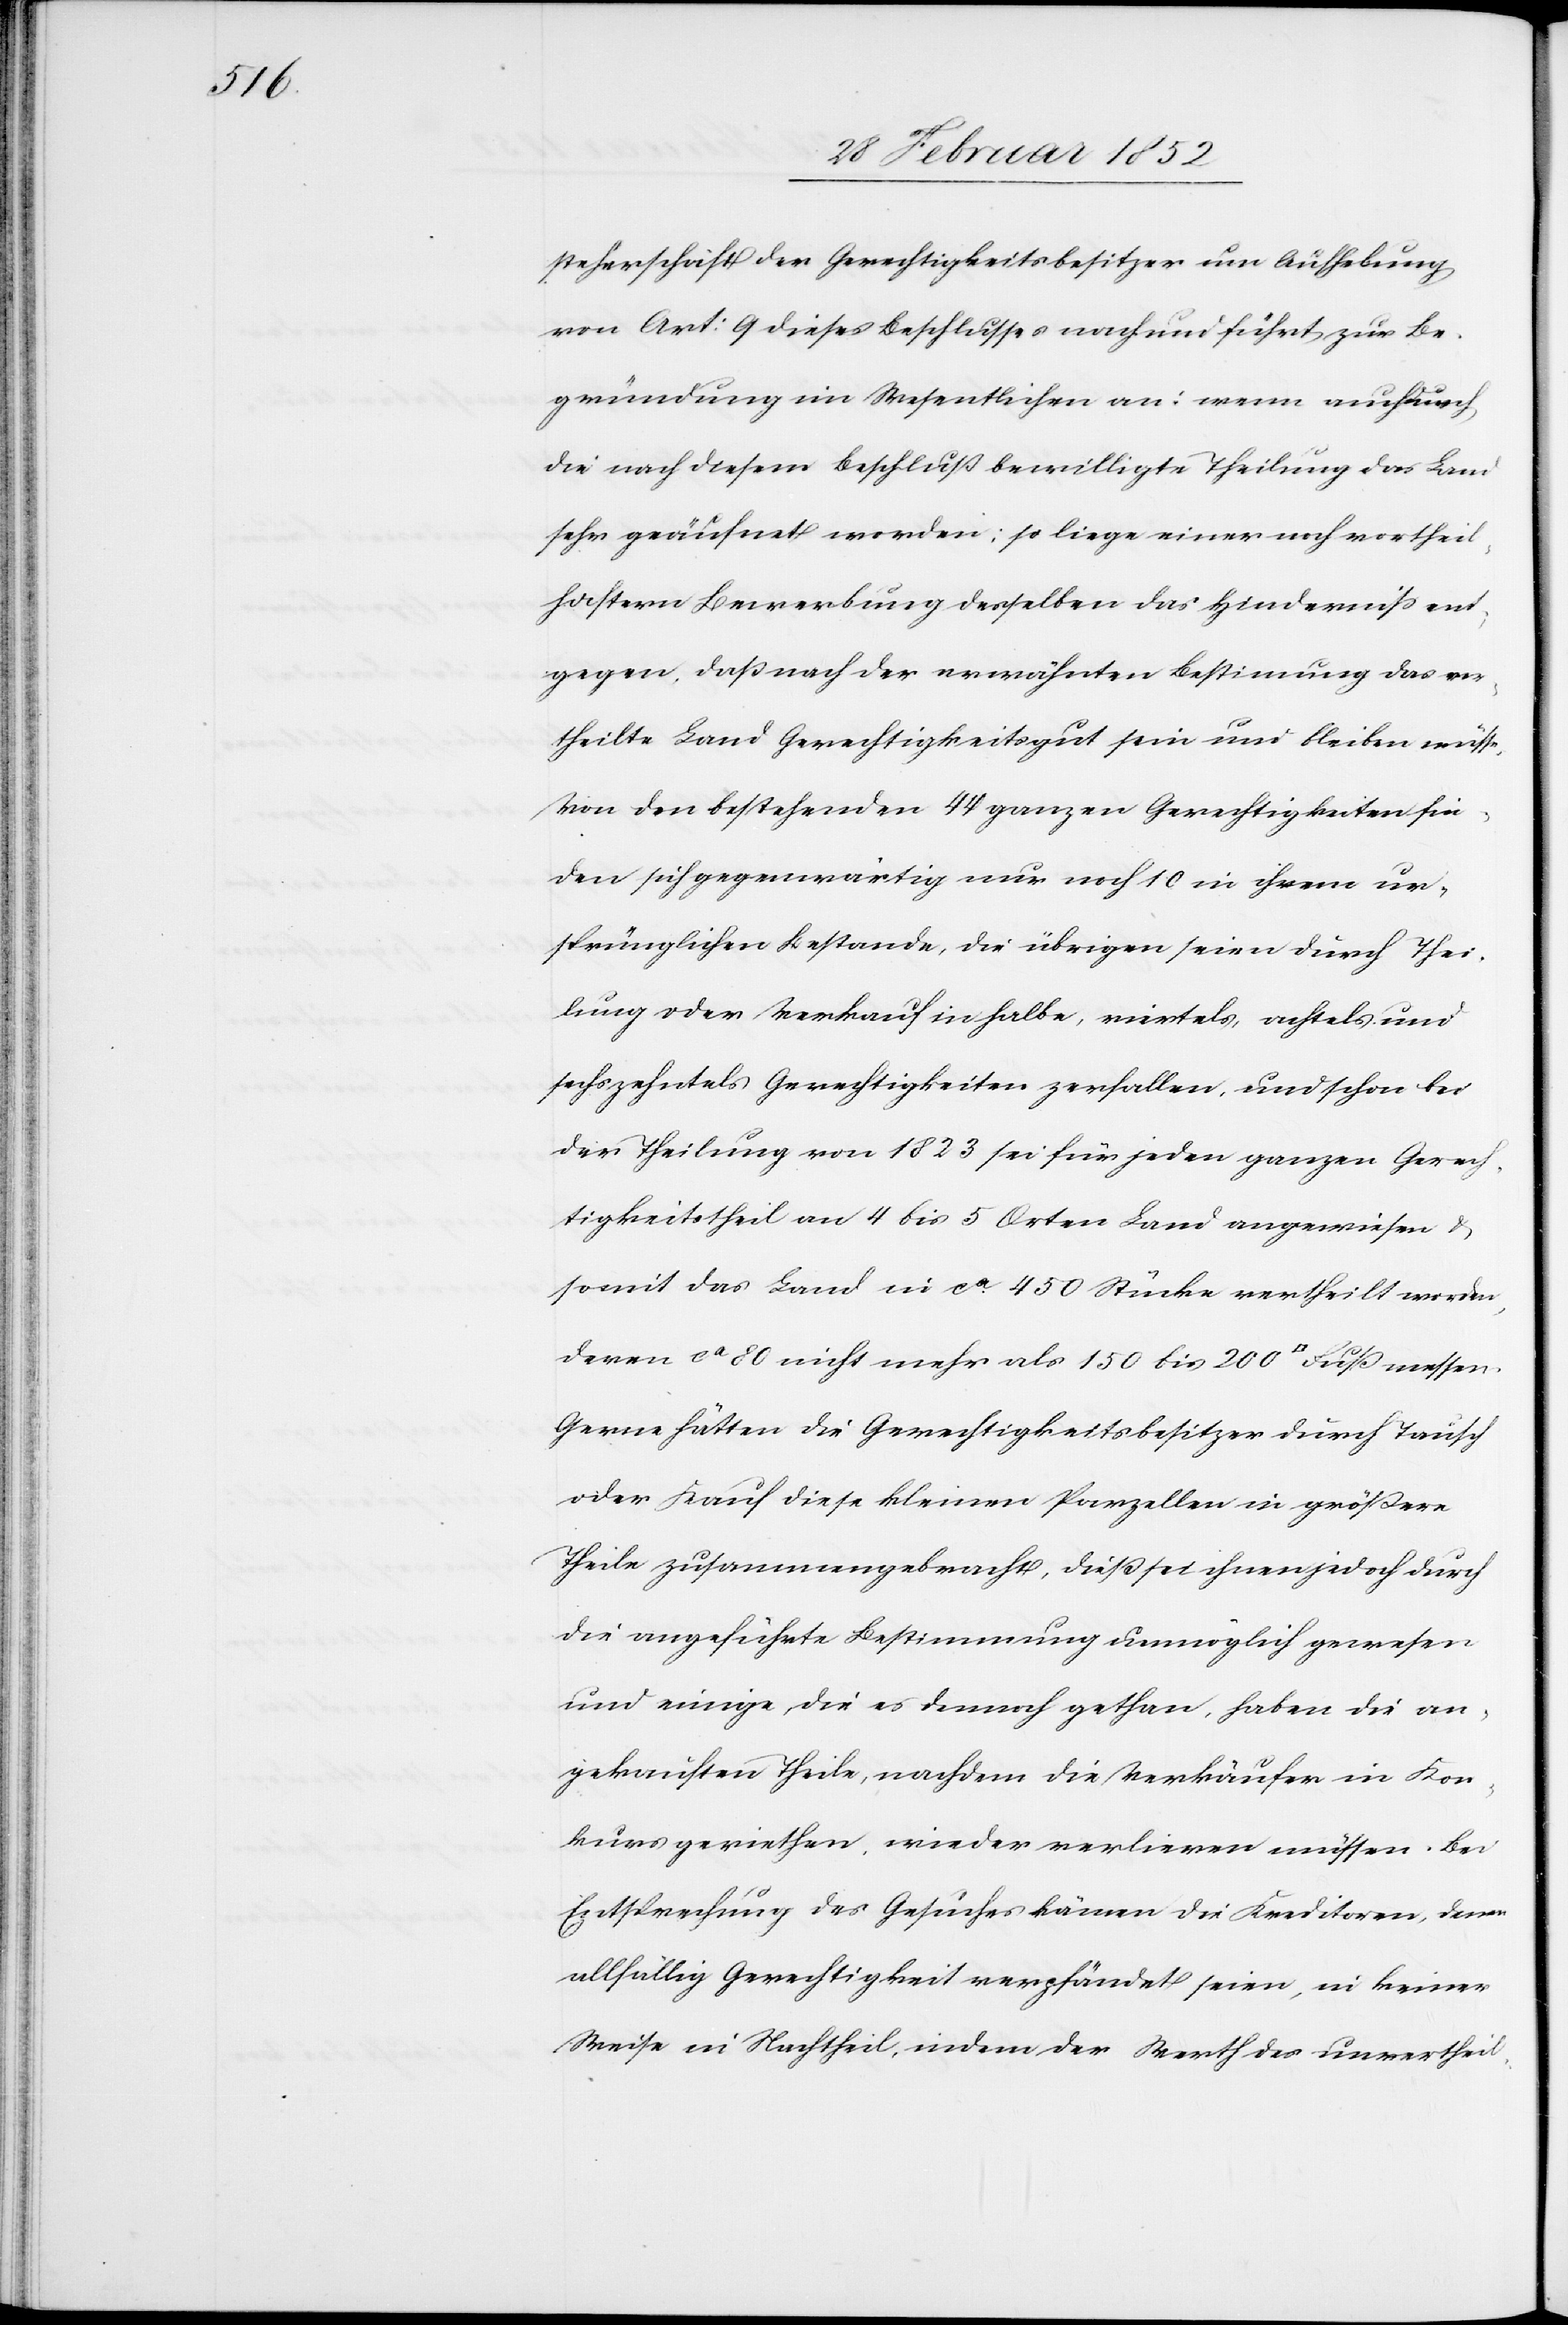
steherschaft der Gerechtigkeitsbesitzer um Aufhebung
von Art: 9 dieses Beschlusses nach und führt z ur Be¬
gründung im Wesentlichen an: wenn auch durch
die nach diesem Beschluß bewilligte THeilung das Land
sehr geäufnet worden: so liege einer noch vortheil¬
haftern Bewerbung desselben das Hinderniß ent¬
gegen, daß nach der erwähnten Bestimmung das ve¬
rtheilte Land Gerechtigkeitsgut sein und bleiben müsse.
Von den bestehenden 44 ganzen Gerechtigkeiten fin¬
den sich gegenwärtig nur noch 10 in ihrem ur¬
sprünglichen Bestande, die übrigen seien durch Thei¬
lung oder Verkauf in halbe, viertels, achtels und
sechszehntels Gerechtigkeiten zerfallen, und schon bei
der Theilung von 1823 sei für jeden ganzen Gerech¬
tigkeitsteil an 4 bis 5 Orten Land angewiesen u.
somit das in ca 450 Stücke vertheilt worden,
deren ca 80 nicht mehr als 150 bis 200 [Quadratfuss] messen.
Gerne hätten die Gerechtigkeitsbesitzer durch Tausch
oder Kauf diese kleinen Parzellen in größere
Theile zusammengebracht, dieß sei ihnen jedoch durch
die angeführte Bestimmung unmöglich gewesen
und einige die es dennoch gethan, haben die an¬
gekauften Theile, nachdem die Verkäufer in Kon¬
kurs geriethen, wieder verlieren müssen. Bei
Entsprechung des Gesuches kämen die Kreditoren, denen
allfällig Gerechtigkeit verpfändet seien, in keiner
Weise in Nachtheil, indem der Werth des unvertheil-